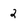
Character: 2